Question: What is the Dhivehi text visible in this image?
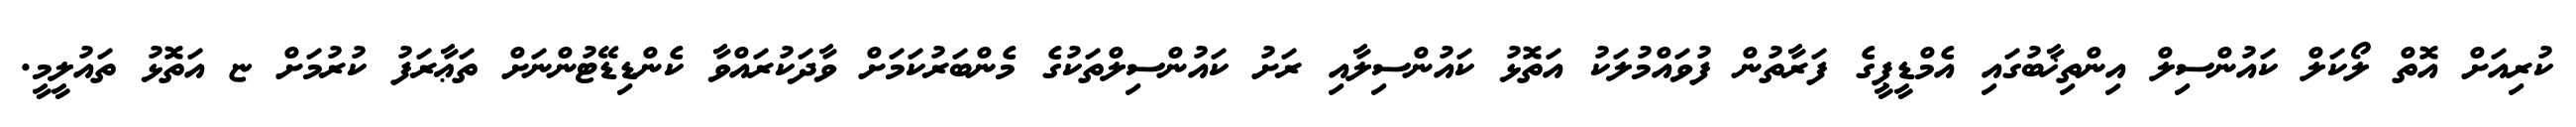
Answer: ކުރިއަށް އޮތް ލޯކަލް ކައުންސިލް އިންތިޚާބުގައި އެމްޑީޕީގެ ފަރާތުން ފުވައްމުލަކު އަތޮޅު ކައުންސިލާއި ރަށު ކައުންސިލްތަކުގެ މެންބަރުކަމަށް ވާދަކުރައްވާ ކެންޑިޑޭޓުންނަށް ތަޢާރަފު ކުރުމަށް ޏ އަތޮޅު ތައުލީމީ.